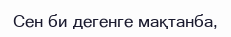
Сен би дегенге мақтанба,